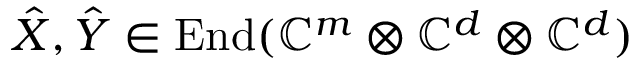
\hat { X } , \hat { Y } \in \operatorname { E n d } ( \mathbb { C } ^ { m } \otimes \mathbb { C } ^ { d } \otimes \mathbb { C } ^ { d } )